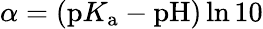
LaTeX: \alpha=(\textrm{p}K_{\textrm{a}}-\textrm{pH})\ln 10